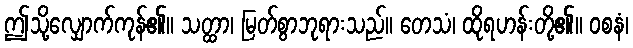
ဤသို့လျှောက်ကုန်၏။ သတ္ထာ၊ မြတ်စွာဘုရားသည်။ တေသံ၊ ထိုရဟန်းတို့၏။ ဝစနံ၊